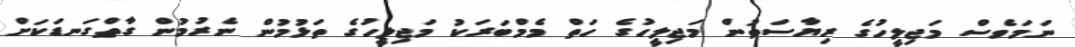
ނަމަވެސް މަޖިލީހުގެ ރިޔާސަތުން މަޖިލީހުގެ ހަތް މެމްބަރަކު މަޖިލީހުގެ ތަޅުމުން ނެރުމުން ގާތްގަނޑަކަށް